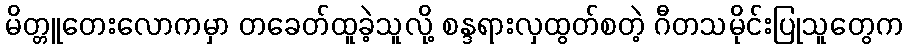
မိတ္တူတေးလောကမှာ တခေတ်ထူခဲ့သူလို့ စန္ဒရားလှထွတ်စတဲ့ ဂီတသမိုင်းပြုသူတွေက